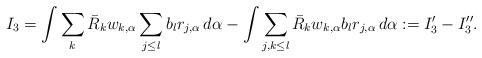
LaTeX: \begin{align*}I_3 = \int \sum_{ k} \bar{R}_k w_{k,\alpha} \sum_{j \leq l}b_{l} r_{j,\alpha} \, d\alpha -\int \sum_{j,k \leq l} \bar{R}_k w_{k,\alpha}b_{l} r_{j,\alpha} \, d\alpha:= I'_3 - I''_3.\end{align*}